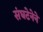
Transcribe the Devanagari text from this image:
संघटेनेने